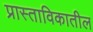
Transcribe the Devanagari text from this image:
प्रास्ताविकातील